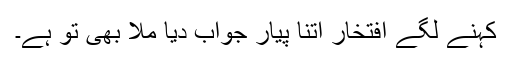
کہنے لگے افتخار اتنا پیار جواب دیا ملا بھی تو ہے۔